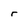
Character: r